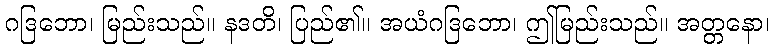
ဂဒြဘော၊ မြည်းသည်။ နဒတိ၊ ပြည်၏။ အယံဂဒြဘော၊ ဤမြည်းသည်။ အတ္တနော၊